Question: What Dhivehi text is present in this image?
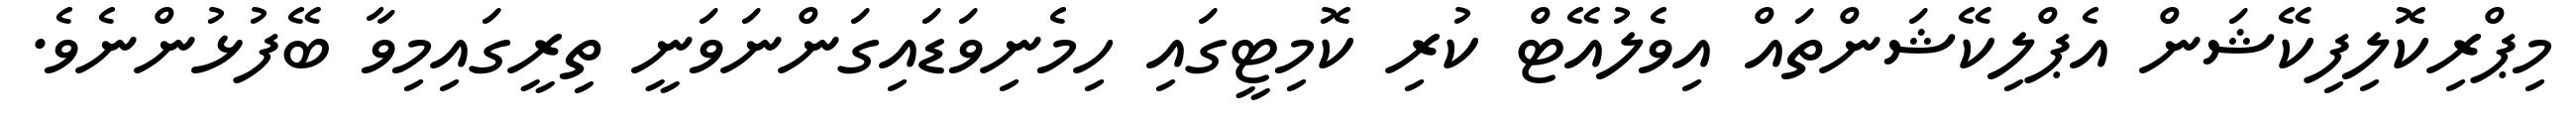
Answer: މިޕްރިކޮލިފިކޭޝަން އެޕްލިކޭޝަންތައް އިވެލުއޭޓް ކުރި ކޮމިޓީގައި ހިމެނިވަޑައިގަންނަވަނީ ތިރީގައިމިވާ ބޭފުޅުންނެވެ.